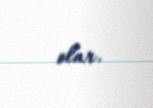
olar.